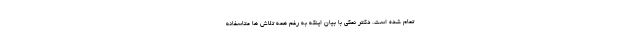
تمام شده است. دکتر نمکی با بیان اینکه به رغم همه تلاش ها متاسفانه